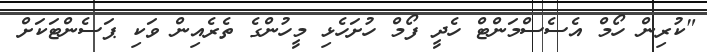
"ކުރިން ހޯމް އެސެސްމަންޓް ހެދީ ފޯމް ހުށަހެޅި މީހުންގެ ތެރެއިން ވަކި ޕަސެންޓަކަށް